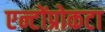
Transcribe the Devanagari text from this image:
एन्टोंप्रोकटा